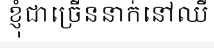
ខ្ញុំជាច្រើននាក់នៅឈឺ